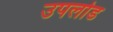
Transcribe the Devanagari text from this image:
उपलोड